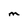
Character: M